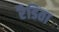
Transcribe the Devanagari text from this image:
रैडिता